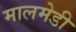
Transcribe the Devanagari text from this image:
मालमेडी